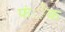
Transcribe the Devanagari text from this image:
फंेक